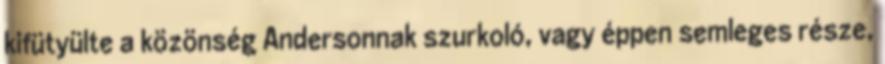
kifütyülte a közönség Andersonnak szurkoló, vagy éppen semleges része,